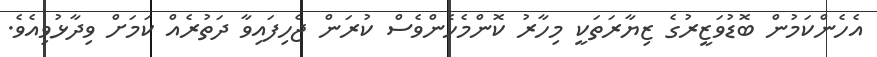
އެހެންކަމުން ބޮޑުވަޒީރުގެ ޒިޔާރަތަކީ މިހާރު ކޮންމެހެންވެސް ކުރަން ޖެހިފައިވާ ދަތުރެއް ކަމަށް ވިދާޅުވިއެވެ.